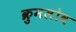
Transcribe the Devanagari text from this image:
क्रुमलोव